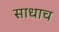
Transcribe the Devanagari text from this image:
साधाच